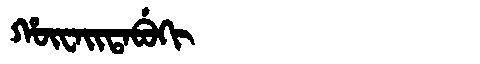
Manchu: ᡥᡡᠸᠠᡳᡨᠠᠪᡠᡴᡳ
Romanization: HŪWAITABUKI